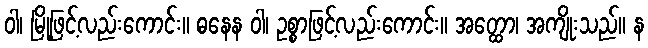
ဝါ၊ မြို့ဖြင့်လည်းကောင်း။ ဓနေန ဝါ၊ ဥစ္စာဖြင့်လည်းကောင်း။ အတ္ထော၊ အကျိုးသည်။ န